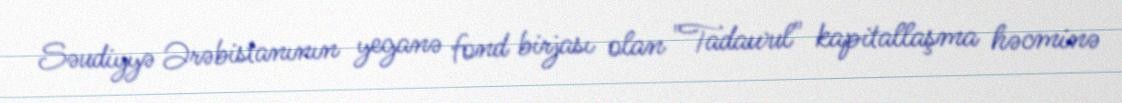
Səudiyyə Ərəbistanının yeganə fond birjası olan "Tadawul" kapitallaşma həcminə